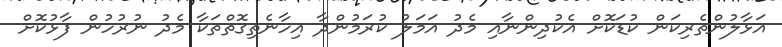
އަޅާލުންތެރިކަން ކުޑަކޮށް އެކުދިންނާއި މެދު އަމަލު ކުރަމުންދާ އިހާނެތިގޮތްތަކާ މެދު ނުރުހުން ފާޅުކޮށް